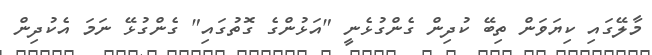
މާލޭގައި ކިޔަވަން ތިބޭ ކުދިން ގެންގުޅެނީ "އަޅުންގެ ގޮތުގައި" ގެންގުޅޭ ނަމަ އެކުދިން